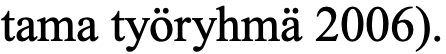
tama työryhmä 2006).